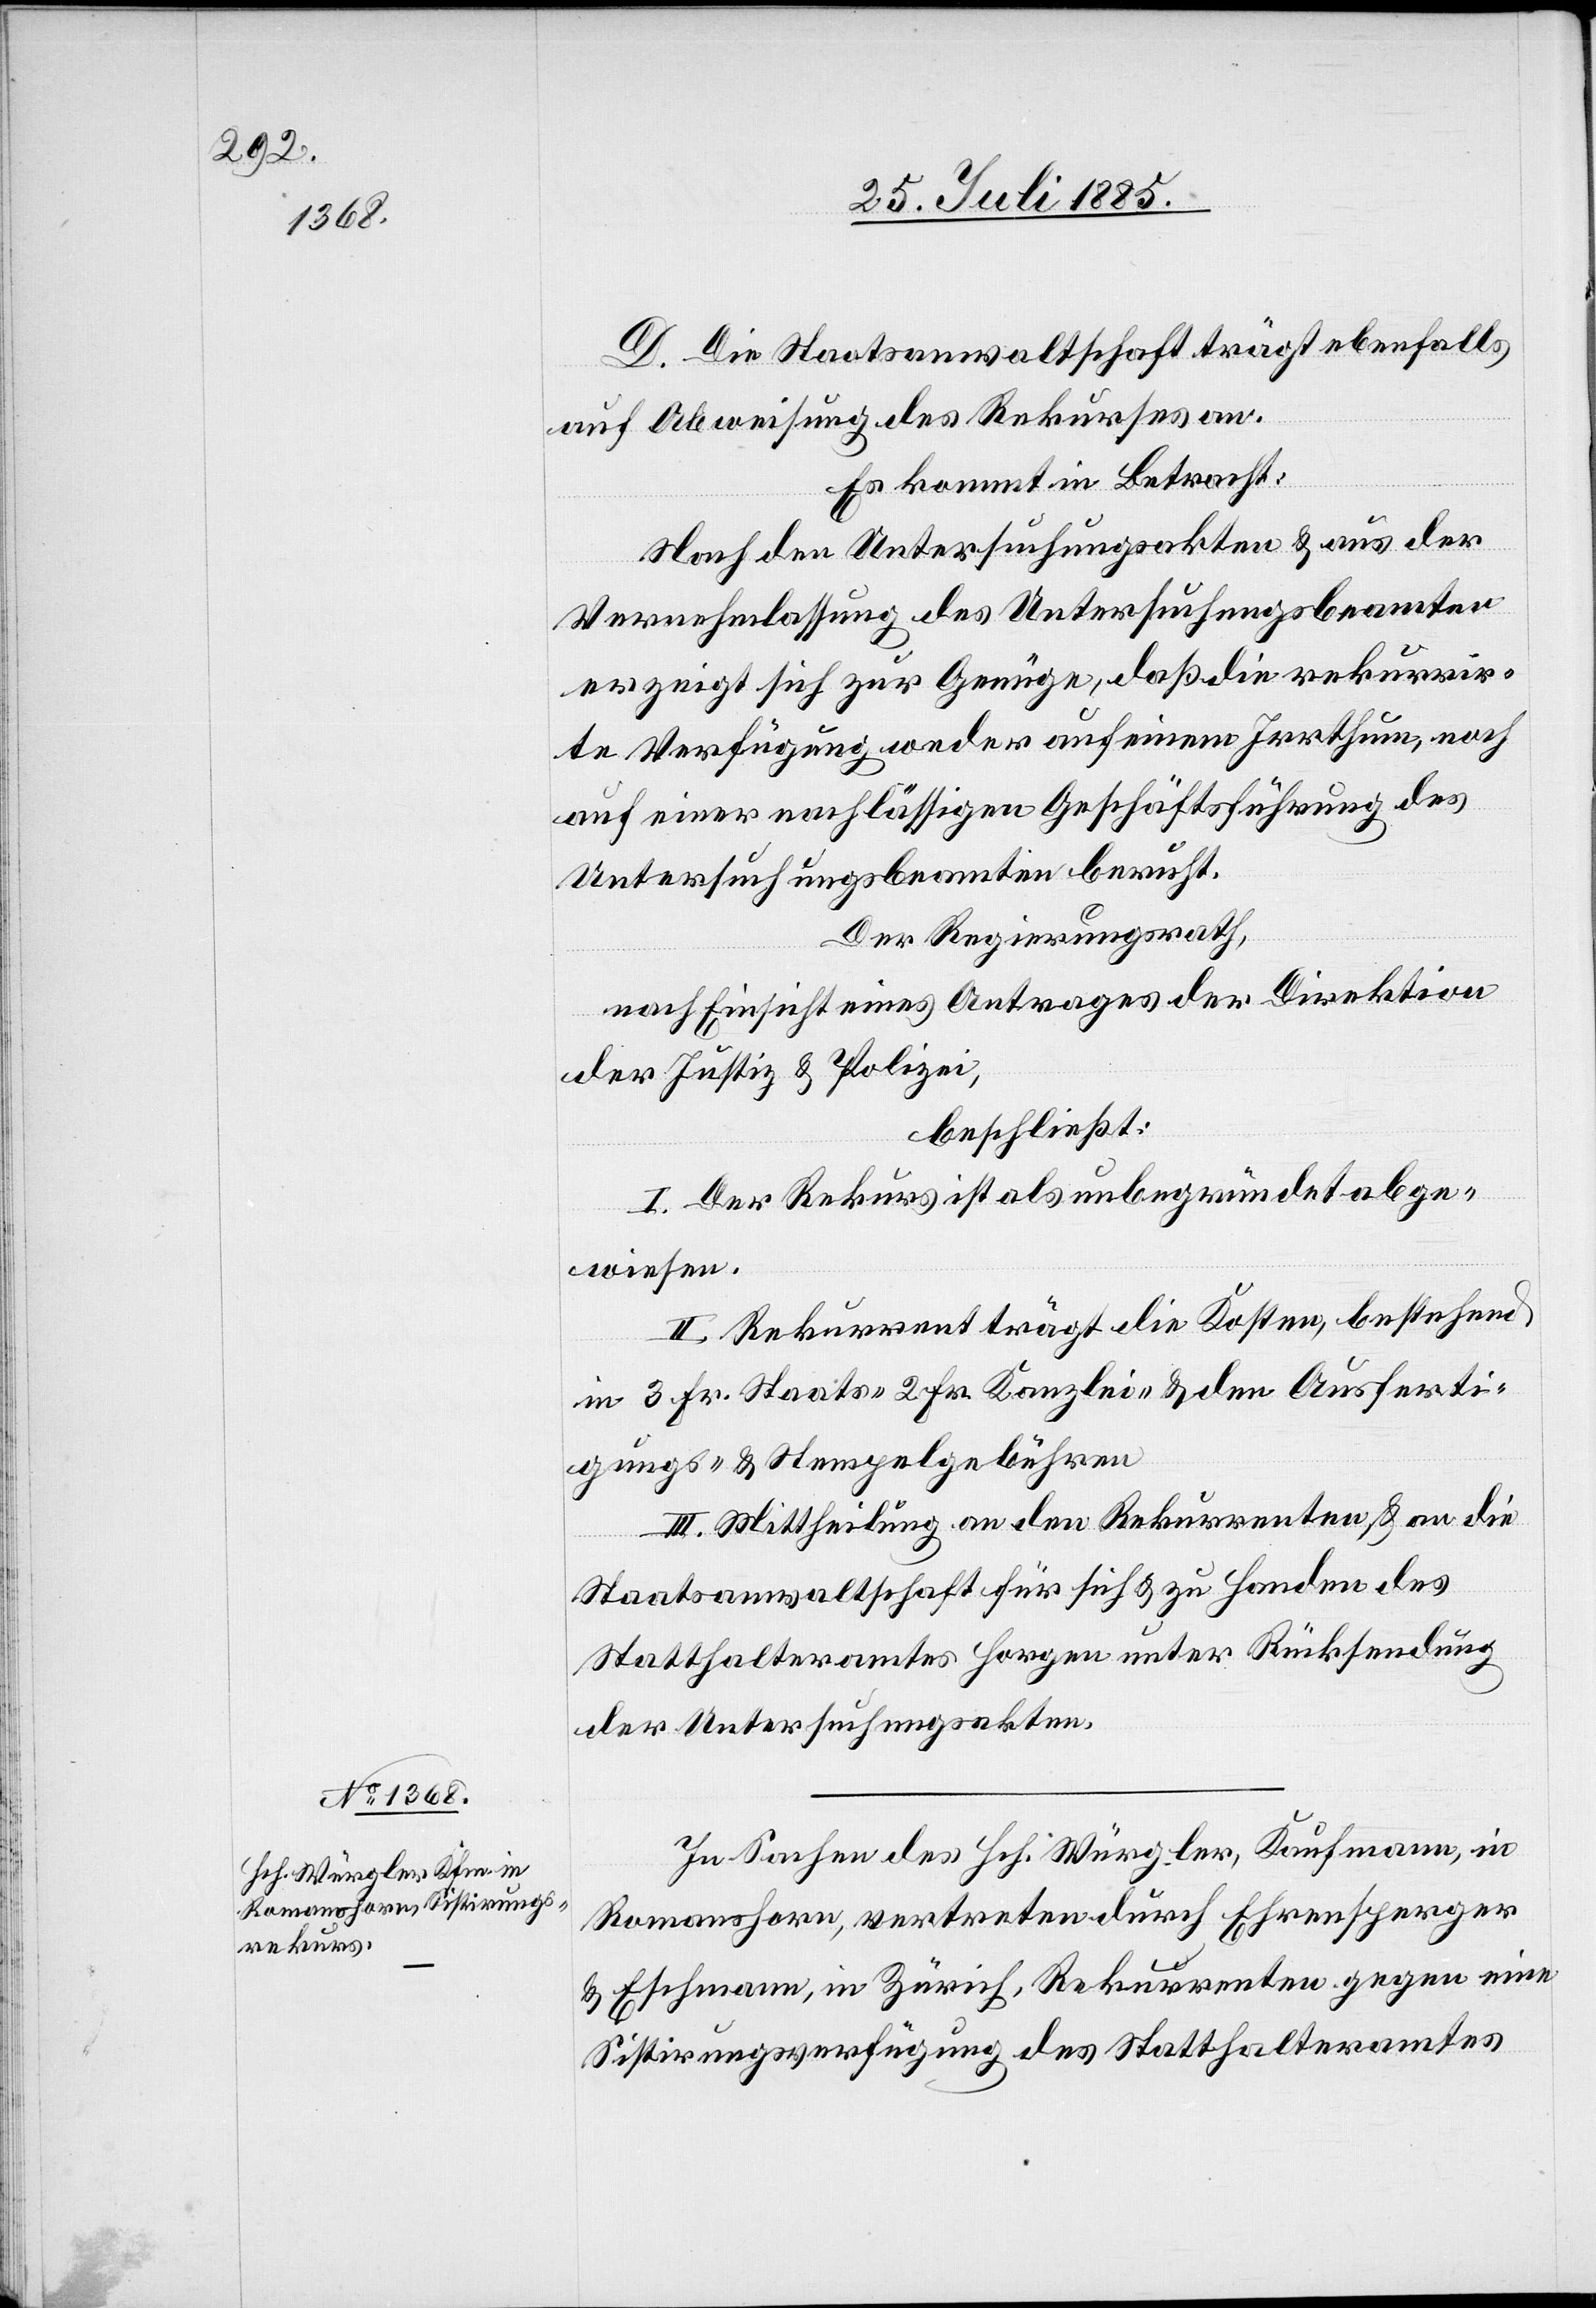
D. Die Staatsanwaltschaft trägt ebenfalls,
auf Abweisung des Rekurses an.
Es kommt in Betracht:
Nach den Untersuchungsakten & aus der
Vernehmlassung des Untersuchungsbeamten
erzeigt sich zur Genüge, daß die rekurrir¬
te Verfügung weder auf einem Irrthum, noch
auf einer nachlässigen Geschäftsführung des
Untersuchungsbeamten beruft.
Der Regierungsrath,
nach Einsicht eines Antrages der Direktion
der Justiz & Polizei,
beschließt:
I. Der Rekurs ist als unbegründet abge¬
wiesen.
II. Rekurrent trägt die Kosten, bestehend
in 3 Fr. Staats-[,] 2 Fr. Kanzlei- & den Ausferti¬
gungs- & Stempelgebühren.
III. Mittheilung an den Rekurrenten & an die
Staatsanwaltschaft für sich & zu Handen des
Statthalteramtes Horgen unter Rücksendung
der Untersuchungsakten.
In Sachen des Hch. Würgler, Kaufmann, in
Romanshorn, vertreten durch Ehrensperger
& Eschmann, in Zürich, Rekurrenten gegen eine
Sistirungsverfügung des Statthalteramtes